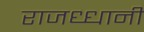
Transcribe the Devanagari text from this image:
राजध्धानी